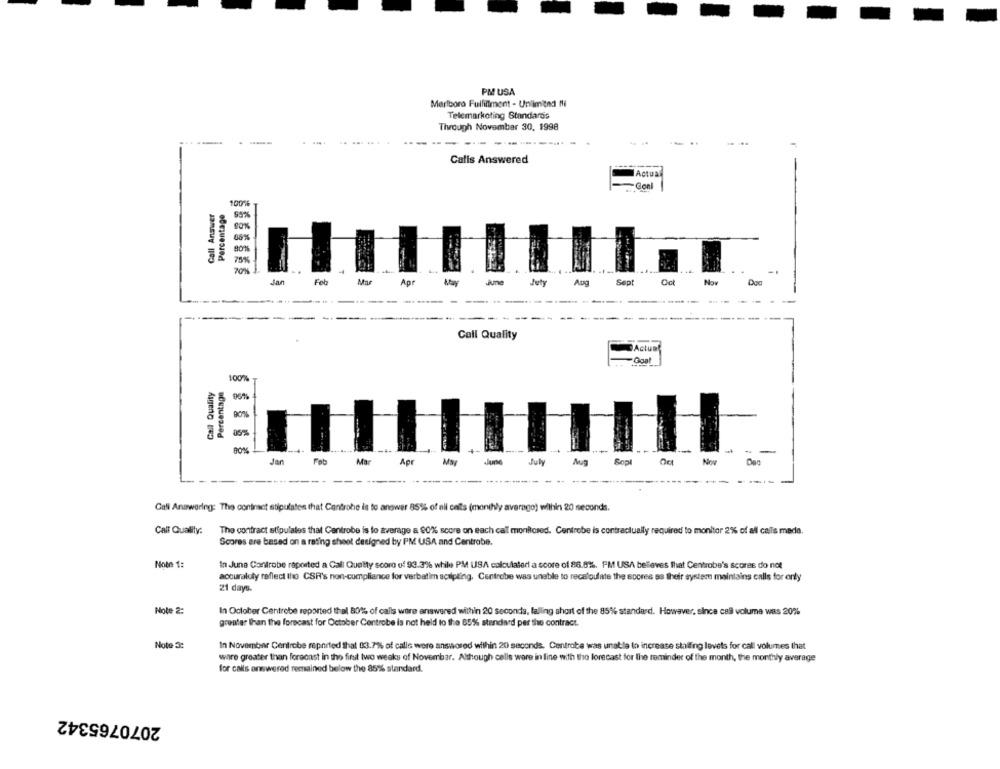
PM USA
Marlboro Fulfillment - Unlimited fli
Telemarketing Standards
Through November 30, 1998
---
Calls Answered
Actual
Gonl
Call Answer
Percentage
100%
00%
754
-.
Jan
Fel
Mar
Apr
June
Aug
Sept
Now
-------
---
Call Quality
Actual
Goal
Call Quality
Percentage
90%
--
Jar
Fab
Ma
Apr
Jurse
fuly
Repl
-------
- -----.
-----
Cali Answering: The contract stipulates that Cantrohe is to answer 85% of all cats (monthly averago) within 20 seconds.
Call Quality:
The contract stipulales that Centrobe is fo average a 90% score on each call monitored. Centrobe is contractually required to monitor 2% of all calls made.
Scores are based on a rating sheet designed by PM USA and Centrobe.
Note 1:
In June Controbe reported a Call Quetty score of 93.3% while PM USA calculated a score of 86.0%. PM USA believes that Centrobe's scores do not
accuraluly reflect the CSR's non-compliance for verbatim acilpling. Centrobe was unable to recalculate the socres as their system maintains calls for only
21 days.
Note 2:
In October Centrobe reported thal 80% of calls were answered within 20 seconda, falling short of the 85% standard. However, since call volume was 20%
greater than the forecast for October Centrobe is not held to the 85% standard per the contract.
Note 3:
In November Centrobe reported that 03.7% of calls were answsored within 20 seconds. Centrobe was unable to increase staffing levets for call volumes that
ware greater than forecast in the first two weeks of Novembar. Although cells were in line with the forecast for the reminder of the month, the monthly average
for calls answered remained below the 85% standard.
2070765342